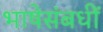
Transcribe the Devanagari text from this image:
भाषेसंबधीं